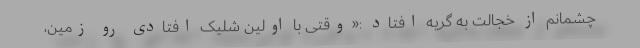
چشمانم از خجالت به گریه افتاد :«وقتی با اولین شلیک افتادی رو زمین،